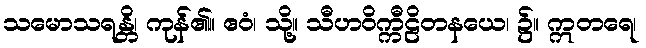
သမောသရန္တိ၊ ကုန်၏။ ဧဝံ၊ သို့။ သီဟဝိက္ကီဠိတနယေ၊ ၌။ ဣတရေ၊